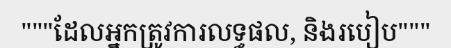
"""ដែលអ្នកត្រូវការលទ្ធផល, និងរបៀប"""